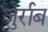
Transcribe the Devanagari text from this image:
जुर्राब